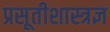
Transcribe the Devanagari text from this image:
प्रसूतीशास्त्रज्ञ